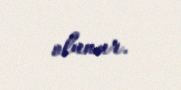
olunur.